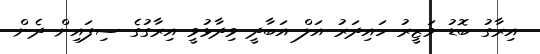
އިރާގު ބޮޑު ވަޒީރު ހައިދަރު އަލް އަބާދީ ވިދާޅުވީ އިރާގުގެ ސިފައިން ދެން